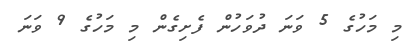
މި މަހުގެ 5 ވަނަ ދުވަހުން ފެށިގެން މި މަހުގެ 9 ވަނަ